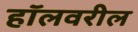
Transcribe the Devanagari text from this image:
हॉलवरील